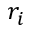
r _ { i }